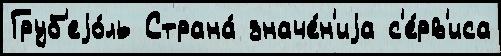
Груб'еjо́ль Страна́ значе́н'иjа с'е́рв'иса